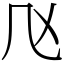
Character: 𠘰